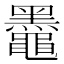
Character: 𫜞